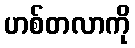
ဟစ်တလာကို